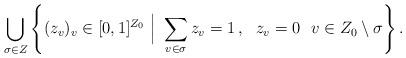
LaTeX: \begin{align*} \bigcup_{\sigma \in Z} \left\{ (z_v)_{v} \in [0,1]^{Z_0} ~\Bigl|~ \sum_{v\in\sigma} z_v = 1 \,, ~~ z_v = 0 ~~ v \in Z_0 \setminus \sigma \right\}. \end{align*}